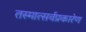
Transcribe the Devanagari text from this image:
तस्मात्सर्वप्रकारेण